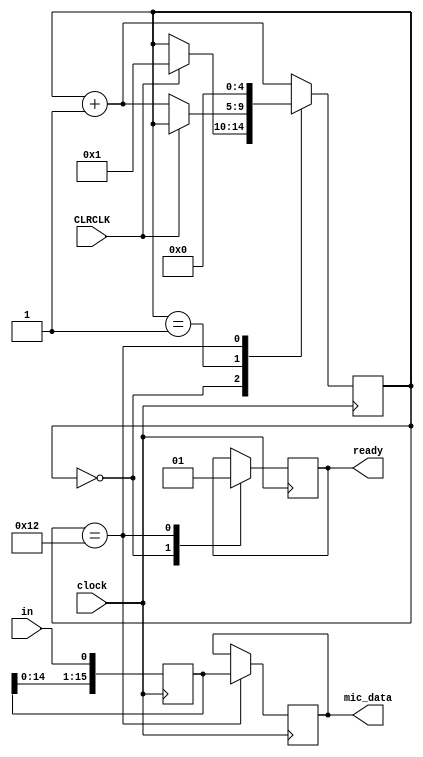
// [SOURCE] https://github.com/johnlaur/Angelia/blob/master/mic_I2S.v



//  TLV320 is in I2S mode.
module mic_I2S ( 	input clock, 
						input CLRCLK,
						input in, 
						output reg[15:0]mic_data, 
						output reg ready);

reg [4:0] TX_state;
reg [15:0] Tx_q;

always @ (posedge clock)
begin 
 		
		Tx_q[15:0] <= {Tx_q[14:0], in};			// shift current TLV320 data left and add next bit
		
case (TX_state)

5'd0:		begin
				ready <= 0;
				if(CLRCLK) TX_state <= 5'd1;				// loop until TX_LRCLK is low
			end
		
5'd1:		if(!CLRCLK) TX_state <= TX_state + 1'b1; 	// loop until TX_LRCLK is high 

5'd18:	begin
				mic_data <= Tx_q;								// microphone or line data
				ready <= 1'b1;
				TX_state <= 5'd0;							 
			end

default:TX_state <= TX_state + 1'b1;
endcase
end  

endmodule